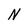
Character: N